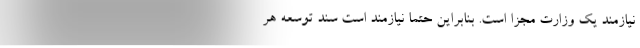
نیازمند یک وزارت مجزا است. بنابراین حتما نیازمند است سند توسعه هر